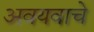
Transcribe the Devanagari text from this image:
अवयवाचे